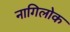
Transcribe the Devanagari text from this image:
नागिलोक